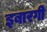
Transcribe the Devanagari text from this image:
इबारगी